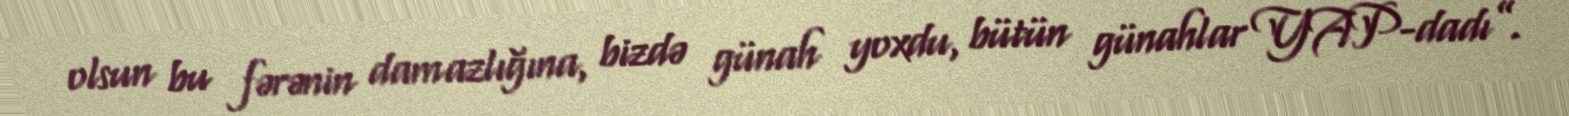
olsun bu fərənin damazlığına, bizdə günah yoxdu, bütün günahlar YAP-dadı”.